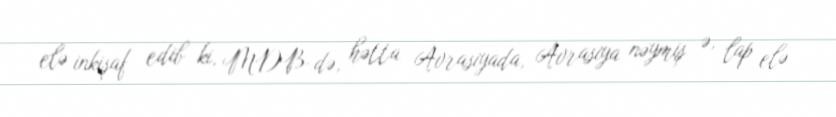
elə inkişaf edib ki, MDB-də, hətta Avrasiyada, Avrasiya nəymiş ə, lap elə